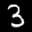
Label: 3